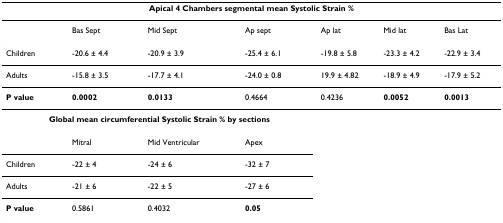
<table><thead><tr><td colspan="7"><b>Apical 4 Chambers segmental mean Systolic Strain %</b></td></tr></thead><tbody><tr><td></td><td>Bas Sept</td><td>Mid Sept</td><td>Ap sept</td><td>Ap lat</td><td>Mid lat</td><td>Bas Lat</td></tr><tr><td>Children</td><td>-20.6 ± 4.4</td><td>-20.9 ± 3.9</td><td>-25.4 ± 6.1</td><td>-19.8 ± 5.8</td><td>-23.3 ± 4.2</td><td>-22.9 ± 3.4</td></tr><tr><td>Adults</td><td>-15.8 ± 3.5</td><td>-17.7 ± 4.1</td><td>-24.0 ± 0.8</td><td>19.9 ± 4.82</td><td>-18.9 ± 4.9</td><td>-17.9 ± 5.2</td></tr><tr><td><b>P value</b></td><td><b>0.0002</b></td><td><b>0.0133</b></td><td>0.4664</td><td>0.4236</td><td><b>0.0052</b></td><td><b>0.0013</b></td></tr><tr><td colspan="4"><b>Global mean circumferential Systolic Strain % by sections</b></td><td></td><td></td><td></td></tr><tr><td></td><td>Mitral</td><td>Mid Ventricular</td><td>Apex</td><td></td><td></td><td></td></tr><tr><td>Children</td><td>-22 ± 4</td><td>-24 ± 6</td><td>-32 ± 7</td><td></td><td></td><td></td></tr><tr><td>Adults</td><td>-21 ± 6</td><td>-22 ± 5</td><td>-27 ± 6</td><td></td><td></td><td></td></tr><tr><td><b>P value</b></td><td>0.5861</td><td>0.4032</td><td><b>0.05</b></td><td></td><td></td><td></td></tr></tbody></table>